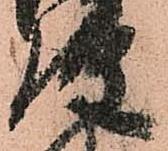
弾